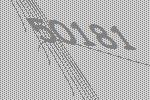
50181